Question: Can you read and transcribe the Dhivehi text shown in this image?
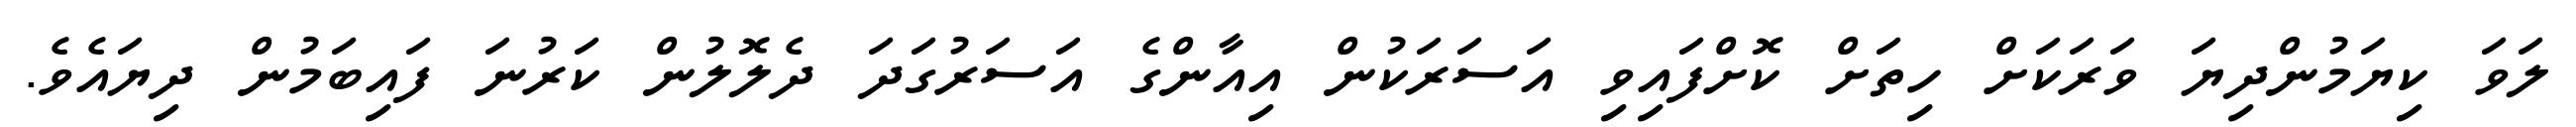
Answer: ލަވަ ކިޔަމުންދިޔަ ވަރަކަށް ހިތަށް ކޮށްފައިވި އަސަރަކުން އިއާންގެ އަސަރުގަދަ ދެލޮލުން ކަރުނަ ފައިބަމުން ދިޔައެވެ.